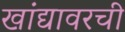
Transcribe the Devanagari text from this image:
खांद्यावरची